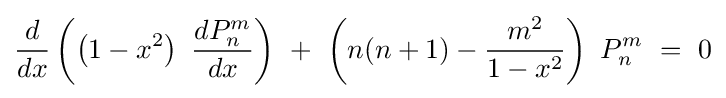
{\frac {d}{dx}}\left(\left(1-x^{2}\right)\ {\frac {dP_{n}^{m}}{dx}}\right)\ +\ \left(n(n+1)-{\frac {m^{2}}{1-x^{2}}}\right)\ P_{n}^{m}\ =\ 0